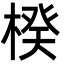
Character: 楑